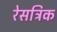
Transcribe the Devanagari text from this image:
रेसट्रिक